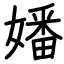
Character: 嬏